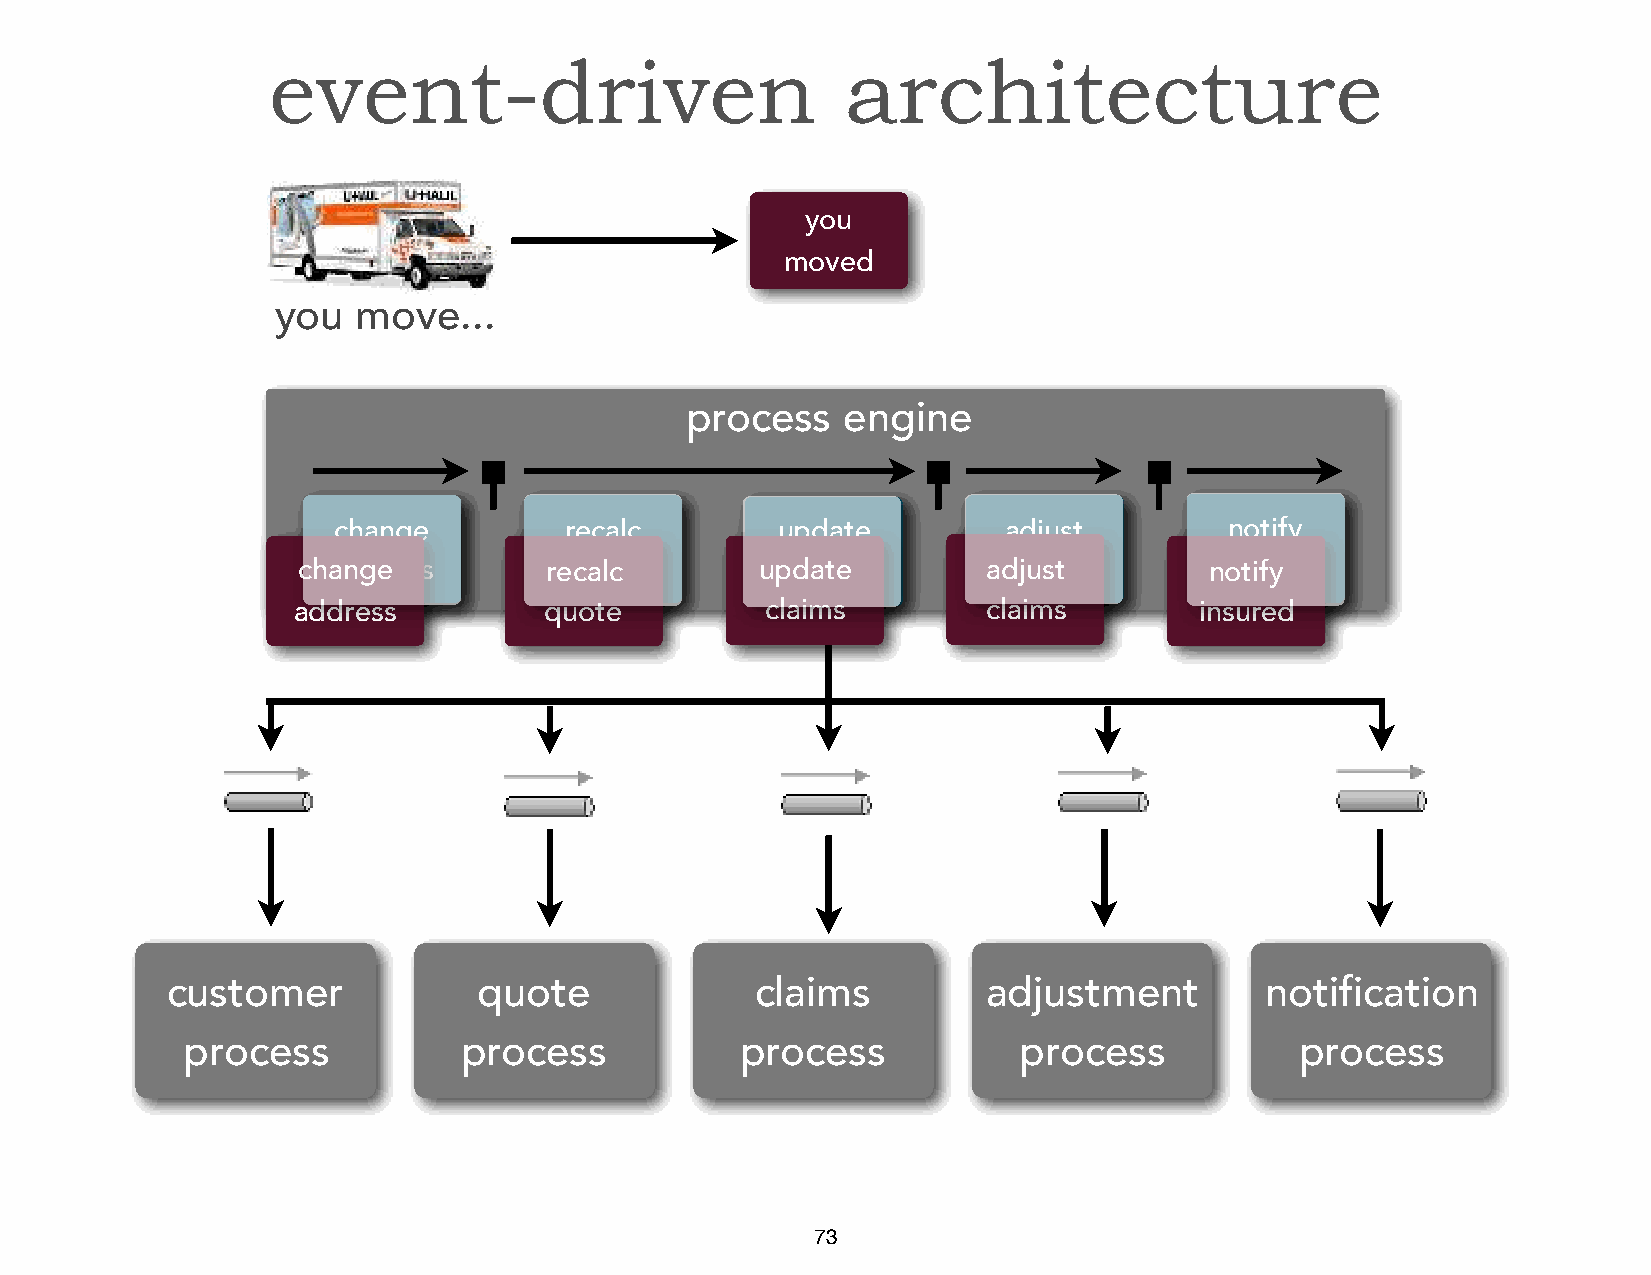
event-driven                          architecture
 you
 moved
 you   move...
 process    engine
 change         recalc        update         adjust         notify
 chaandgdere ss  reqcuaolct e  upcdlaaitmes   adcljauismt s  ninostiufrye d
 address          quote          claims        claims        insured
 customer             quote             claims         adjustment         notification
 process           process            process           process            process
 73